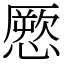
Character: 憠